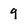
Character: 9